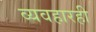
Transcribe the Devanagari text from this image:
व्यवहारही